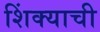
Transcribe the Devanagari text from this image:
शिंक्याची